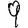
Digit: 9